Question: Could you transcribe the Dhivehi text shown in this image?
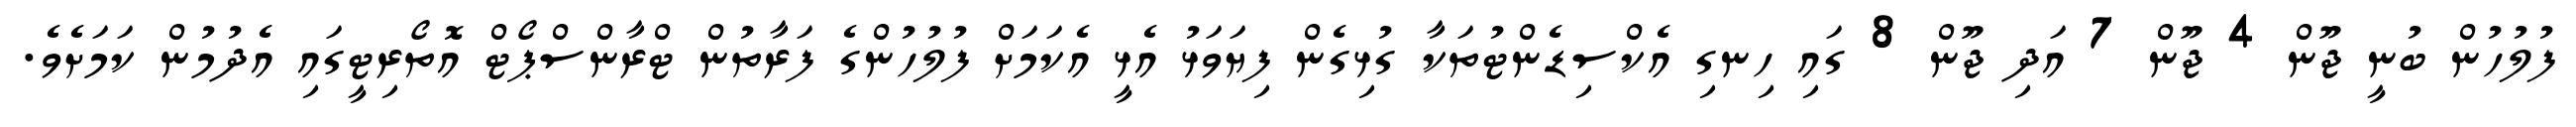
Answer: ފުލުހުން ބުނީ ޖޫން 4 ޖޫން 7 އަދި ޖޫން 8 ގައި ހިނގި އެކްސިޑެންޓުތަކާ ގުޅިގެން ފިޔަވަޅު އެޅީ އެކަމަށް ފުލުހުންގެ ފަރާތުން ޓްރާންސްޕޯޓް އޮތޯރިޓީގައި އެދުމުން ކަމަށެވެ.